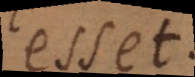
esset.